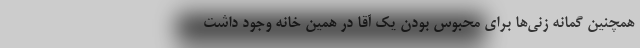
همچنین گمانه زنی‌ها برای محبوس بودن یک آقا در همین خانه وجود داشت